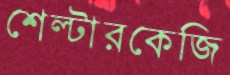
শেল্টারকেজি